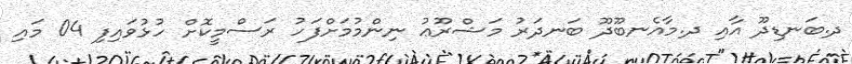
ދ.ބަނޑިދޫ އާއި ދ.މާއެނބޫދޫ ބަނދަރު މަޝްރޫޢު ނިންމުމަށްފަހު ރަސްމީކޮށް ހުޅުވައިފި 04 މައި